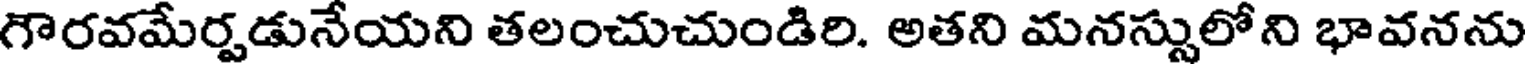
గౌరవమేర్పడునేయని తలంచుచుండిరి. అతని మనస్సులోని భావనను